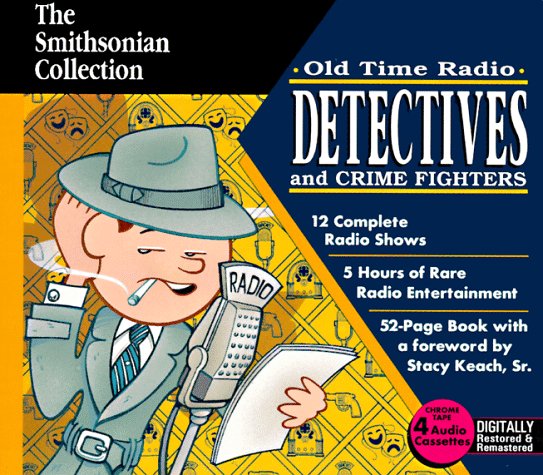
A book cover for Detectives and Crime Fighters on Oldtime Radio (Smithsonian Collection); Silhouette; Humor & Entertainment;